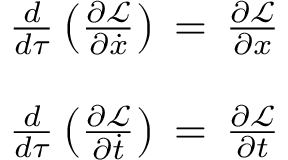
\begin{array} { r l } & { \frac { d } { d \tau } \left( \frac { \partial \mathcal { L } } { \partial \dot { x } } \right) \, = \, \frac { \partial \mathcal { L } } { \partial { x } } } \\ & { } \\ & { \frac { d } { d \tau } \left( \frac { \partial \mathcal { L } } { \partial \dot { t } } \right) \, = \, \frac { \partial \mathcal { L } } { \partial { t } } } \end{array}